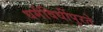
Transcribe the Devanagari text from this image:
धर्मविधींपुरते